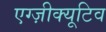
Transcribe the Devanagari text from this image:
एग्ज़ीक्यूटिव